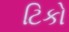
ટિકો